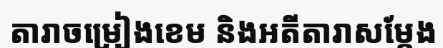
តារាចម្រៀងខេម និងអតីតារាសម្តែង